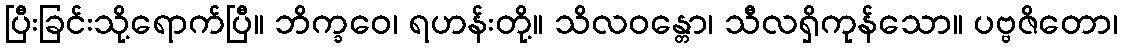
ပြီးခြင်းသို့ရောက်ပြီ။ ဘိက္ခဝေ၊ ရဟန်းတို့။ သိလဝန္တော၊ သီလရှိကုန်သော။ ပဗ္ဗဇိတော၊